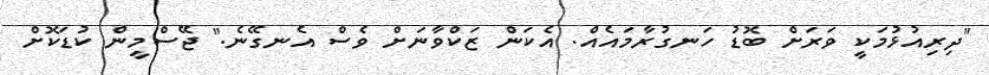
"ދިރިއުޅުމަކީ ވަރަށް ބޮޑު ހަނގުރާމައެއް. އެކަން ޒަކްވާނަށް ވެސް އެނގޭނެ." ޖޭސްމީން ކުޑަކޮށް